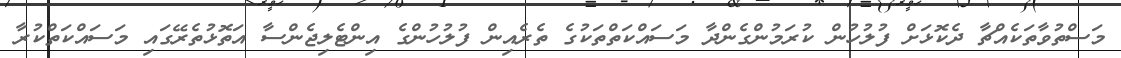
މަސްތުވާތަކެއްޗާ ދެކޮޅަށް ފުލުހުން ކުރަމުންގެންދާ މަސައްކަތްތަކުގެ ތެރެއިން ފުލުހުންގެ އިންޓެލިޖެންސާ އަތޮޅުތެރޭގައި މަސައްކަތްކުރާ